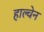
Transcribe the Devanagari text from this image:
हाल्वेन